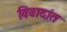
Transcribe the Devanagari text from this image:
विवादांत